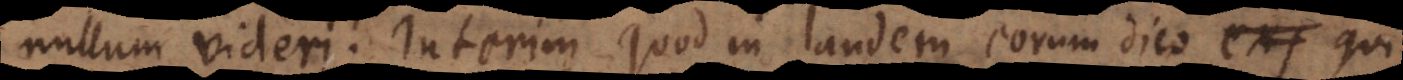
nullum videri. Interim quod in laudem eorum dico qui